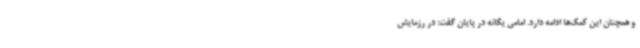
و همچنان این کمک‌ها ادامه دارد. امامی یگانه در پایان گفت: در رزمایش